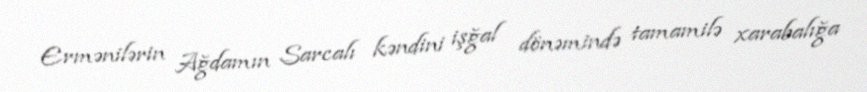
Ermənilərin Ağdamın Sarcalı kəndini işğal dönəmində tamamilə xarabalığa